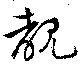
覩